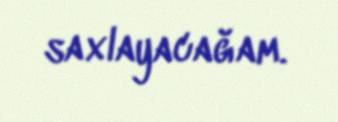
saxlayacağam.